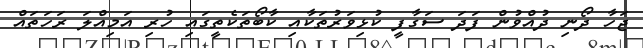
ޖަހާ ދޯނި ދުއްވުން ފަދަ ސަގާފީ ކުޅިވަރުތަކާއި ކާބޯތަކެތީގައި ހުރި އަމިއްލަ ރަހަތައް